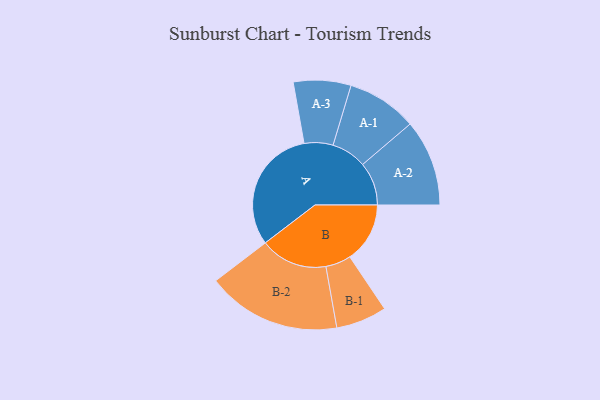
{"axis": {"x": "Segment", "y": "Value"}, "legend": ["", "A", "B"], "data": [{"x": "A", "y": 493, "type": ""}, {"x": "B", "y": 236, "type": ""}, {"x": "A-1", "y": 138, "type": "A"}, {"x": "A-2", "y": 170, "type": "A"}, {"x": "A-3", "y": 113, "type": "A"}, {"x": "B-1", "y": 100, "type": "B"}, {"x": "B-2", "y": 264, "type": "B"}]}